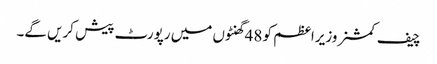
چیف کمشنر وزیراعظم کو 48 گھنٹوں میں رپورٹ پیش کریں گے۔